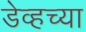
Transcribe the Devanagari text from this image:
डेव्हच्या